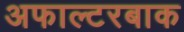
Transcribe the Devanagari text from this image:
अफाल्टरबाक